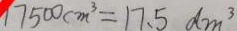
1 7 5 0 0 c m ^ { 3 } = 1 7 . 5 d m ^ { 3 }